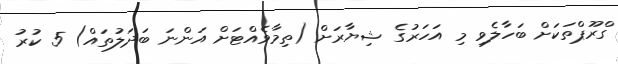
ގްރޫޕްތަކަށް ބަހާލެވި މި އަހަރުގެ ޝިޔާރަށް (ތިމާވެއްޓަށް އަންނަ ބަދަލުތައް) 5 ކުރު